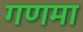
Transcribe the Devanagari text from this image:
गणमा